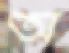
অ